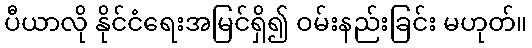
ပီယာလို နိုင်ငံရေးအမြင်ရှိ၍ ဝမ်းနည်းခြင်း မဟုတ်။